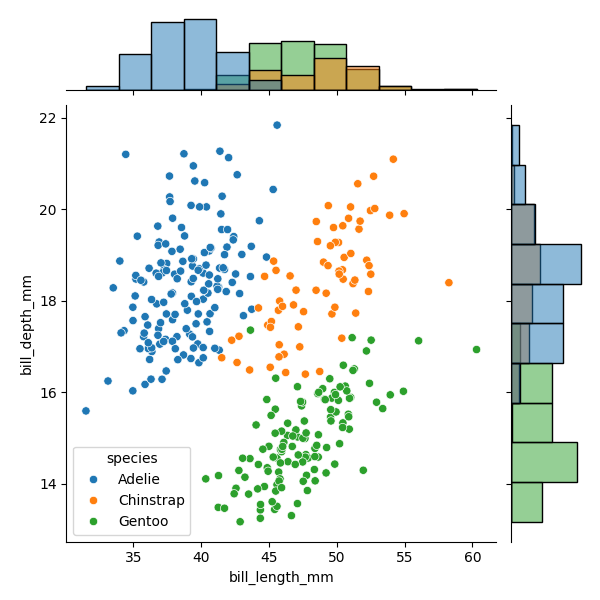
python, seaborn, JointGrid, scatterplot, histplot, hue